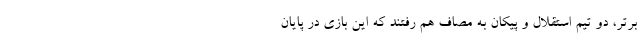
برتر، دو تیم استقلال و پیکان به مصاف هم رفتند که این بازی در پایان